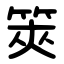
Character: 筴